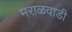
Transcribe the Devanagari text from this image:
मराळवाडी